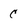
Character: C